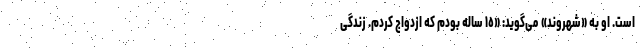
است. او به «شهروند» می‌گوید: «١٥ ساله بودم که ازدواج کردم. زندگی